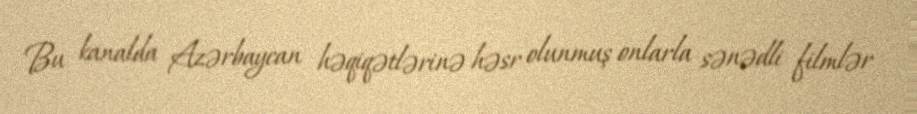
Bu kanalda Azərbaycan həqiqətlərinə həsr olunmuş onlarla sənədli filmlər